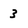
Character: 3